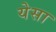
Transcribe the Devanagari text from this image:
येसा